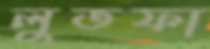
লুতফা